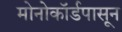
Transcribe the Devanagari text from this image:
मोनोकॉर्डपासून